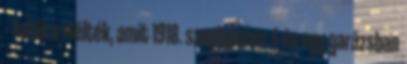
– halálra ítélték, amit 1918. szeptember 4-én egy garázsban